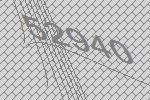
52940